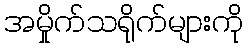
အမှိုက်သရိုက်များကို